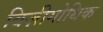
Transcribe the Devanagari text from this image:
विज़ीगोथिक